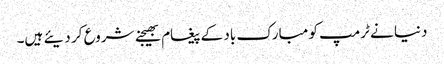
دنیا نے ٹرمپ کو مبارک باد کے پیغام بھیجنے شروع کر دیئے ہیں۔